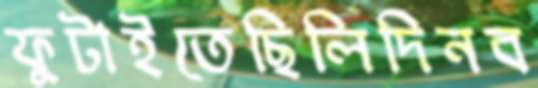
ফুটাইতেছিলিদিনব